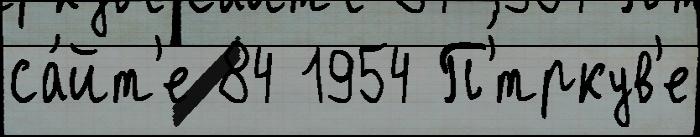
са́йт'е 84 1954 П'́тркув'е